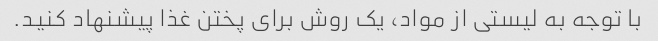
با توجه به لیستی از مواد، یک روش برای پختن غذا پیشنهاد کنید.